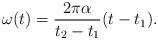
LaTeX: \begin{align*}\omega (t)= {2\pi \alpha \over {t_2 - t_1}} {(t - t_1)}.\end{align*}